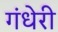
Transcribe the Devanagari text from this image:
गंधेरी